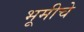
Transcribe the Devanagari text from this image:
भूमीचे